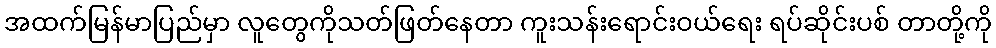
အထက်မြန်မာပြည်မှာ လူတွေကိုသတ်ဖြတ်နေတာ ကူးသန်းရောင်းဝယ်ရေး ရပ်ဆိုင်းပစ် တာတို့ကို